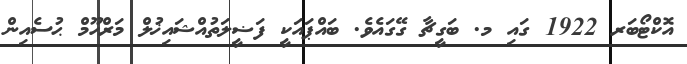
އޮކްޓޯބަރ 1922 ގައި މ. ބަގީޗާ ގޭގައެވެ. ބައްޕައަކީ ފަޟީލަތުއްޝައިޚުލް މަރްހޫމް ޙުސެއިން